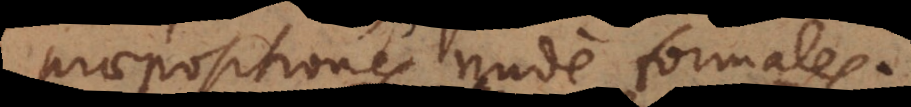
praepositiones nude formale